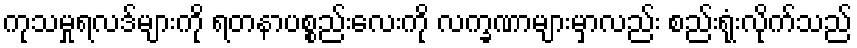
ကုသမှုရလဒ်များကို ရတနာပစ္စည်းလေးကို လက္ခဏာများမှာလည်း စည်းရုံးလိုက်သည်